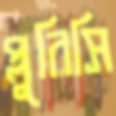
প্লুরিসি